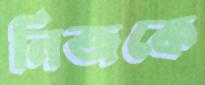
নিজকে